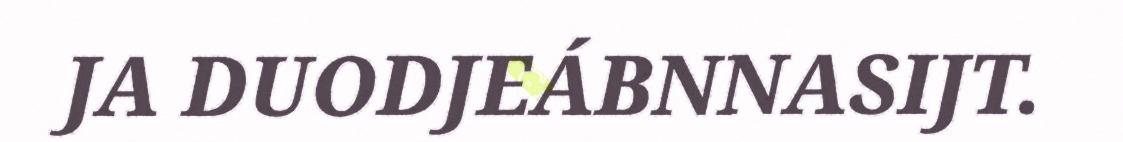
JA DUODJEÁBNNASIJT.